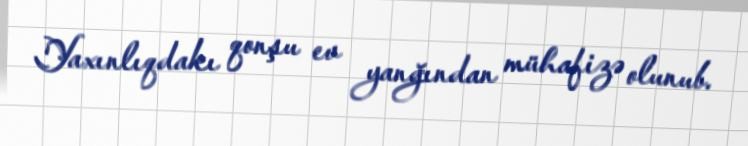
Yaxınlıqdakı qonşu ev yanğından mühafizə olunub.